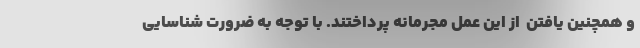
و همچنین یافتن ‌ از این عمل مجرمانه پرداختند. با توجه به ضرورت شناسایی